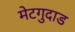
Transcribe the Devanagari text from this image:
मेटगुदाड